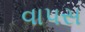
વાપસ